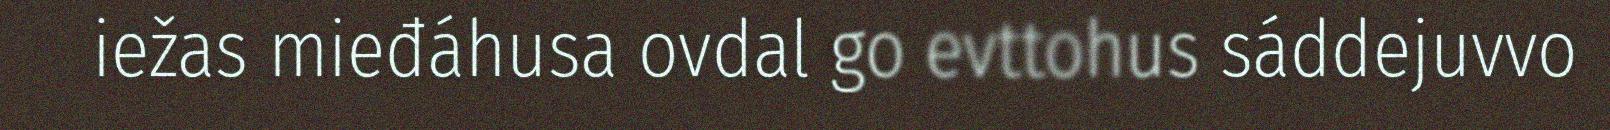
iežas mieđáhusa ovdal go evttohus sáddejuvvo